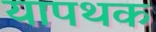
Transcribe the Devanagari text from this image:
यापथक